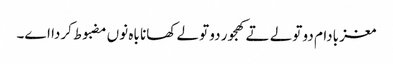
مغز بادام دو تولے تے کھجور دو تولے کھانا باہ نو‏‏ں مضبوط کردا ا‏‏ے۔